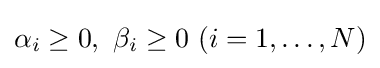
\alpha _{i}\geq 0,\ \beta _{i}\geq 0\ (i=1,\ldots ,N)